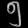
Digit: ၅